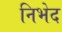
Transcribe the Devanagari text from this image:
निभेद